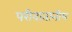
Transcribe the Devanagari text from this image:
परीवातानीय